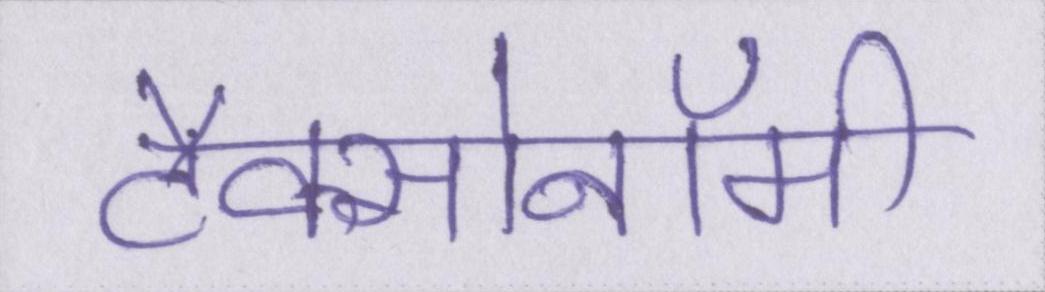
टैक्सोनॉमी